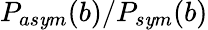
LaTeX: P_{as\mathit{y}m}(b)/P_{s\mathit{y}m}(b)